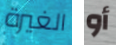
الغيرة أو